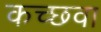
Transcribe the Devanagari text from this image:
कच्छवा